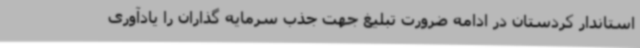
استاندار کردستان در ادامه ضرورت تبلیغ جهت جذب سرمایه گذاران را یادآوری